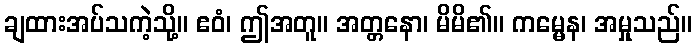
ချထားအပ်သကဲ့သို့။ ဧဝံ၊ ဤအတူ။ အတ္တနော၊ မိမိ၏။ ကမ္မေန၊ အမှုသည်။